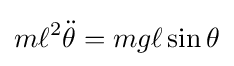
m\ell ^{2}{\ddot {\theta }}=mg\ell \sin \theta \,\!